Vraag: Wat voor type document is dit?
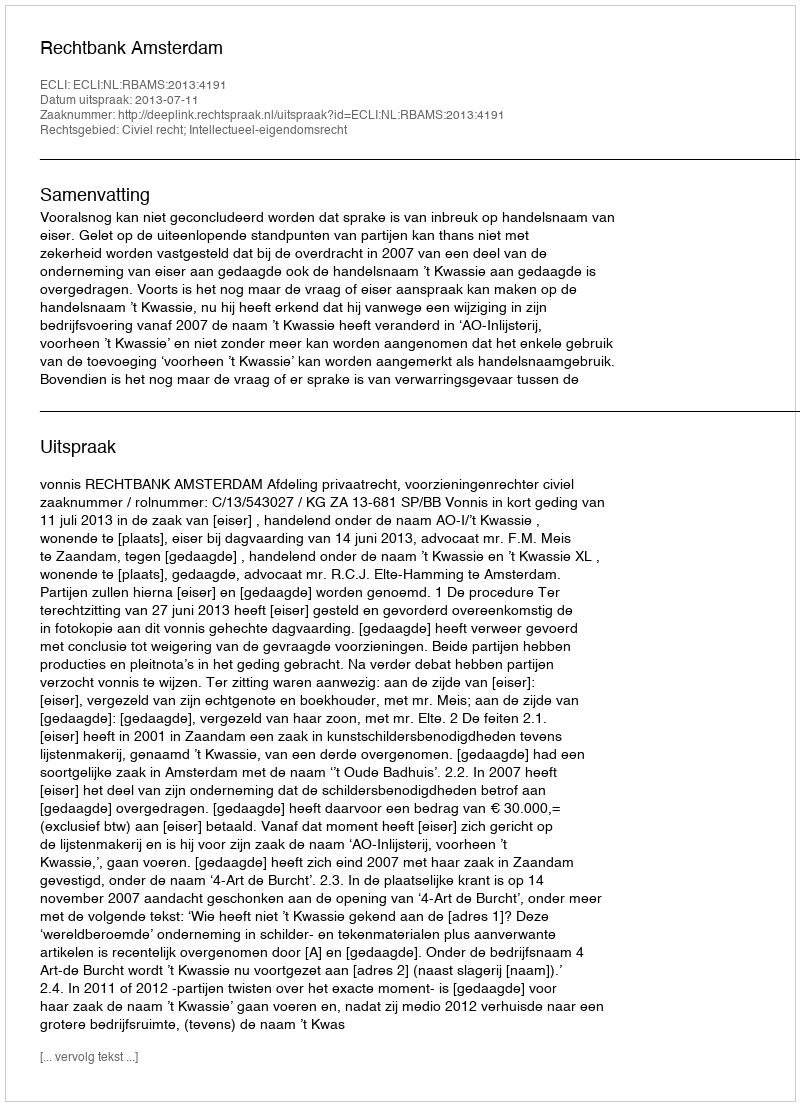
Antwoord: Uitspraak